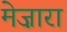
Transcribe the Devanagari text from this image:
मेज़ारा